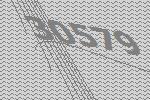
30579